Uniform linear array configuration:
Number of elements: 24
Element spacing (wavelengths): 0.75
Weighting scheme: cosine
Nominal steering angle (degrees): -60
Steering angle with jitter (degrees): -60.331
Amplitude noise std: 0.05
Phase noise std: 0.05

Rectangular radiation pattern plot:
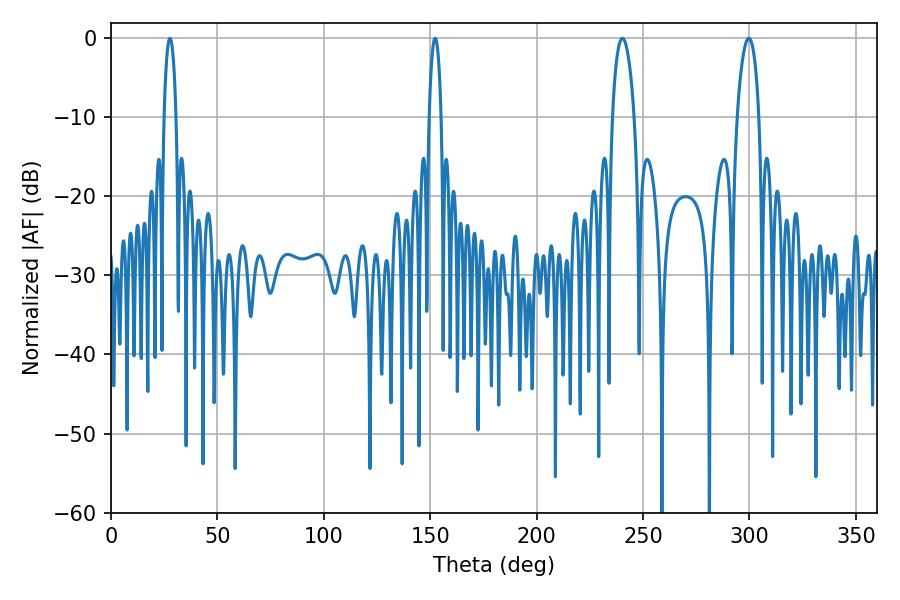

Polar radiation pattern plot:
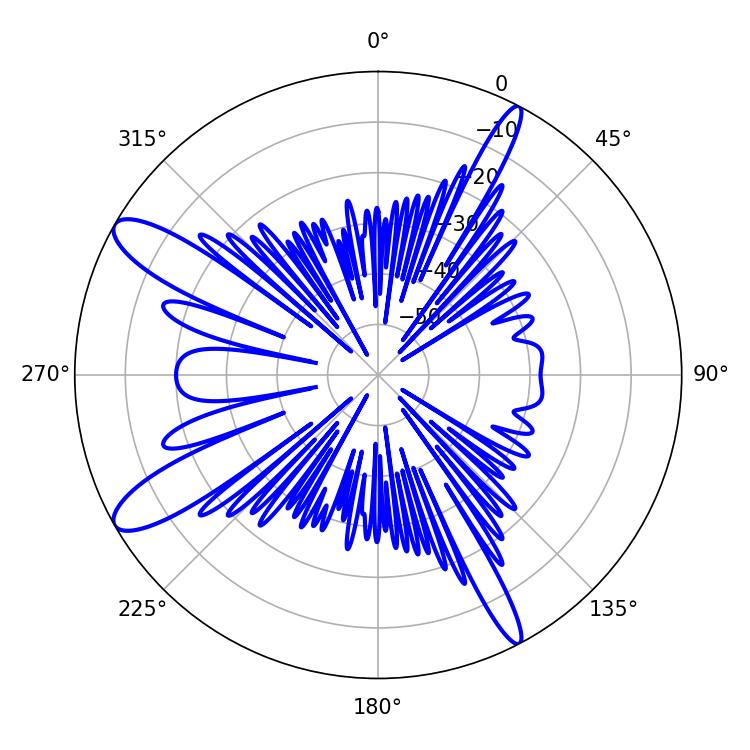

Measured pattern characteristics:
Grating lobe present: TRUE
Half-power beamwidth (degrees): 5.76
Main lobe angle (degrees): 240.3